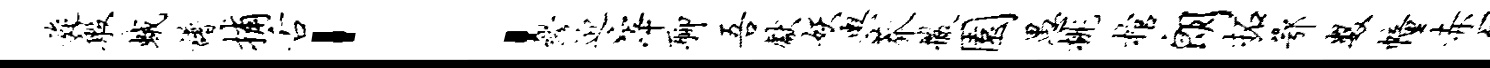
旋般蛾谱捕舌：缪迎滓聊吾献妖舆莽撒园愚桃棺朗拓鄂数幢赤百